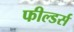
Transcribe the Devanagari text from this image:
फील्डर्स